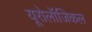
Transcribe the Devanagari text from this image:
यूरोलॉजिकल